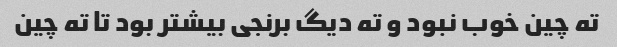
ته چین خوب نبود و ته دیگ برنجی بیشتر بود تا ته چین